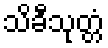
သိခီသုတ္တံ